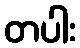
တပါး